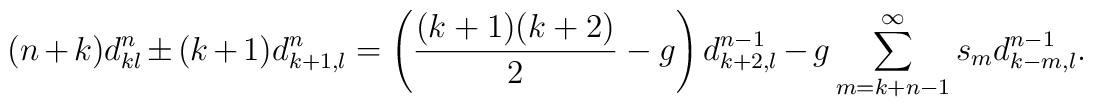
(n+k)d^n_{kl} \pm (k+1)d^n_{k+1,l} =       \left( \frac{(k+1)(k+2)}{2} -g \right) d^{n-1}_{k+2,l}       -g \sum_{m=k+n-1}^{\infty} s_m d^{n-1}_{k-m,l}.